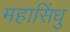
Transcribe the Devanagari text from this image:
महासिंधु